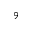
^ { 9 }